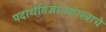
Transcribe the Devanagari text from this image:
पदार्थविज्ञानशास्त्राचे